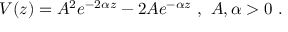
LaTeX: V ( z ) = A ^ { 2 } e ^ { - 2 \alpha z } - 2 A e ^ { - \alpha z } \ , \ A , \alpha > 0 \ .